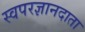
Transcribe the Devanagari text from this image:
स्वपरज्ञानदाता